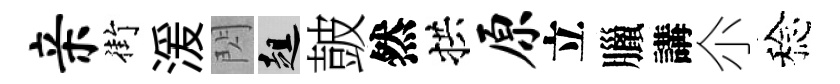
亲街湲閃趄皷然拱原立臘講尒稔